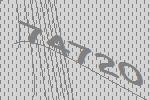
74720